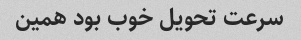
سرعت تحویل خوب بود همین